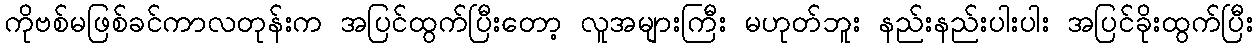
ကိုဗစ်မဖြစ်ခင်ကာလတုန်းက အပြင်ထွက်ပြီးတော့ လူအများကြီး မဟုတ်ဘူး နည်းနည်းပါးပါး အပြင်ခိုးထွက်ပြီး